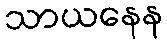
သာယနေန